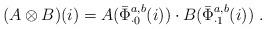
LaTeX: \begin{align*}(A\otimes B)(i)=A(\bar{\Phi}_{\cdot 0}^{a,b}(i)) \cdot B(\bar{\Phi}_{\cdot 1}^{a,b}(i))\;.\end{align*}